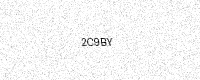
Text: 2C9BY